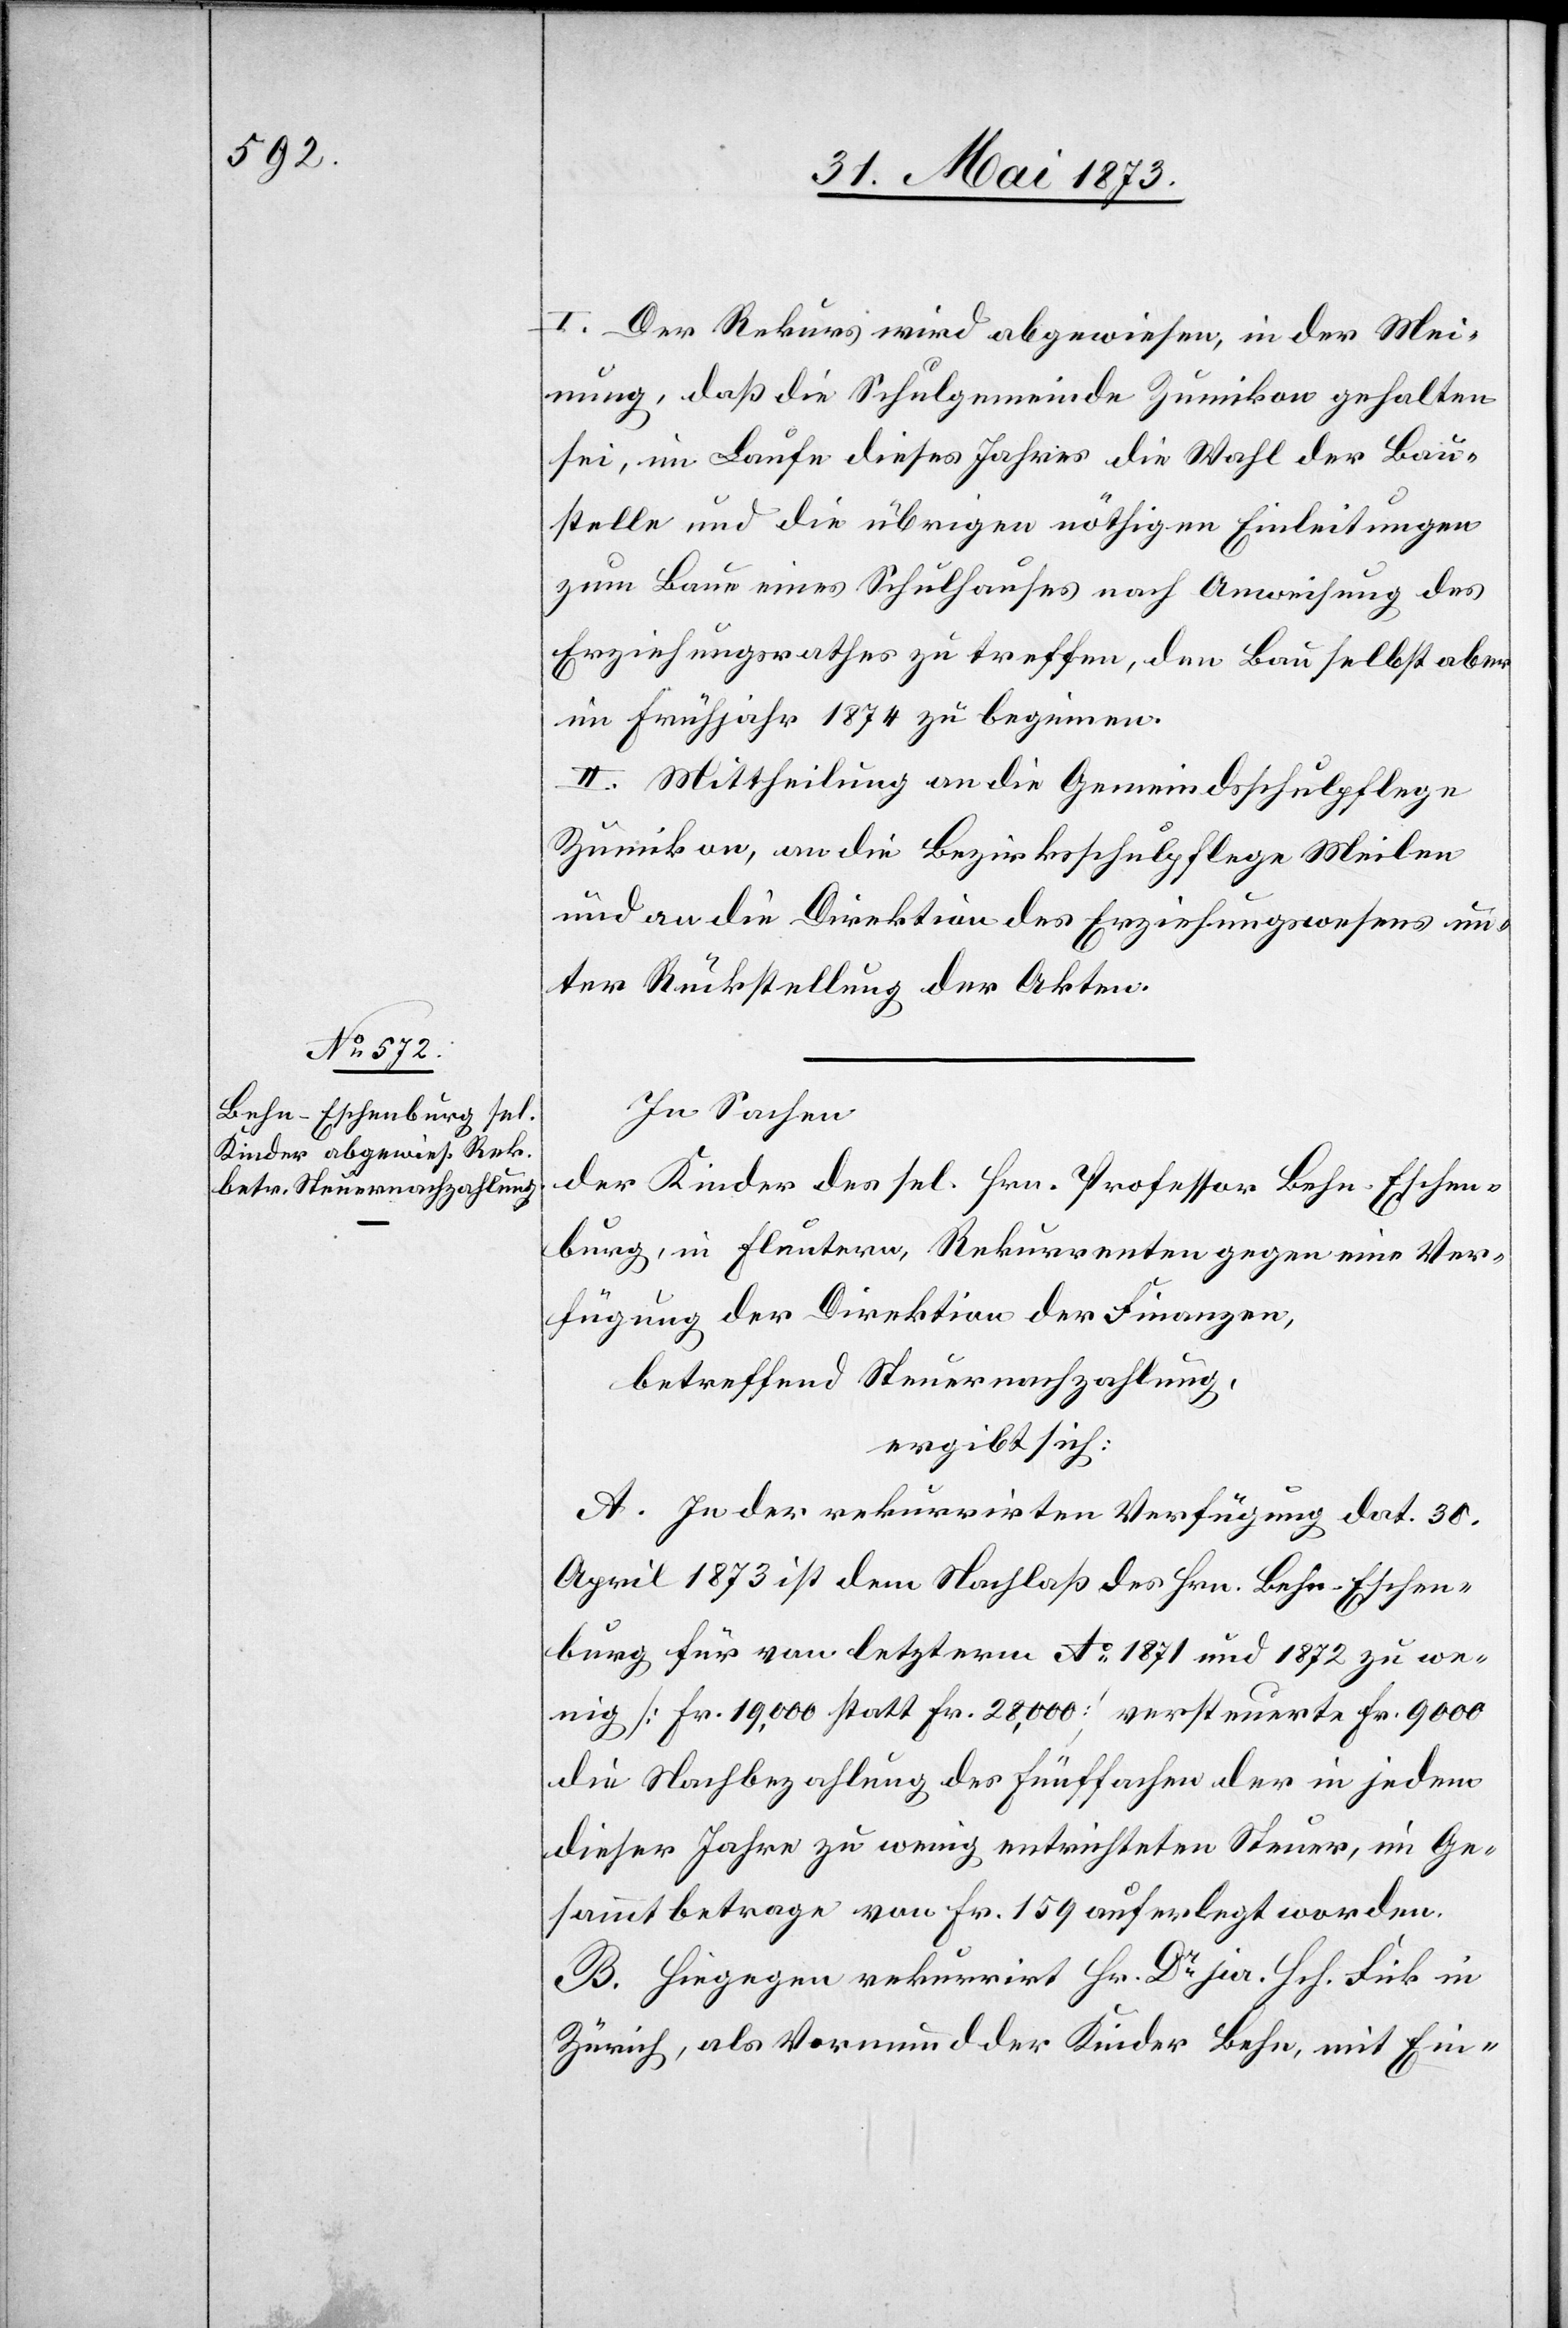
I. Der Rekurs wird abgewiesen, in der Mei¬
nung, daß die Schulgemeinde Zumikon gehalten
sei, im Laufe dieses Jahres die Wahl der Bau¬
stelle und die übrigen nöthigen Einleitungen
zum Baue eines Schulhauses nach Anweisung des
Erziehungsrathes zu treffen, den Bau selbst aber
im Frühjahr 1874 zu beginnen.
II. Mittheilung an die Gemeindsschulpflege
Zumikon, an die Bezirksschulpflege Meilen
und an die Direktion des Erziehungswesens un¬
ter Rückstellung der Akten.
In Sachen
der Kinder des sel. Hrn. Professor Behn-Eschen¬
burg, in Fluntern, Rekurrenten gegen eine Ver¬
fügung der Direktion der Finanzen,
betreffend Steuernachzahlung,
ergibt sich:
A. In der rekurrirten Verfügung dat. 30.
April 1873 ist dem Nachlaß des Hrn. Behn-Eschen¬
burg für von letzterm Ao 1871 und 1872 zu we¬
nig [Fr. 19,000 statt Fr. 28,000] versteuerte Fr. 9 000
die Nachbezahlung des Fünffachen der in jedem
dieser Jahre zu wenig entrichteten Steuer, im Ge¬
sammtbetrage von Fr. 159 auferlegt worden.
B. Hiegegen rekurrirt Hr. Dr jur. Hch. Fick in
Zürich, als Vormund der Kinder Behn, mit Ein-